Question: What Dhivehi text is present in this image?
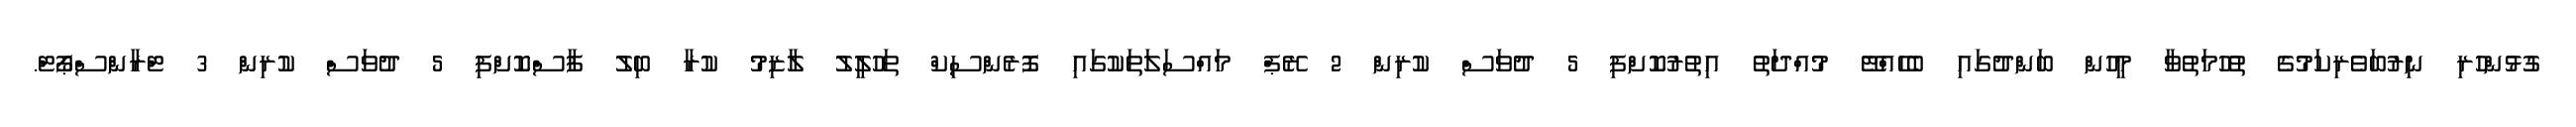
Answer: ގުޅުންހުރި ނިރުބަވެރިކަމުގެ ތުހުމަތުވާ މީހުން ބަންދުގައި ބެހެއްޓޭ މުއްދަތު އިތުރުކޮށްފި 5 ދުވަސް ކުރިން 2 ރޭޕް މައްސަލަތަކުގައި ފޮރެންސިކް ތަހުލީލު ލާޒިމު ކުރާ ބިލު ފާސްކޮށްފި 5 ދުވަސް ކުރިން 3 ޓްރާންސްޕޯޓް.